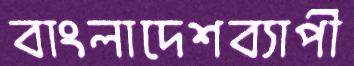
বাংলাদেশব্যাপী